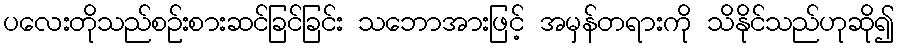
ပလေးတိုသည်စဉ်းစားဆင်ခြင်ခြင်း သဘောအားဖြင့် အမှန်တရားကို သိနိုင်သည်ဟုဆို၍